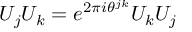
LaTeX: U _ { j } U _ { k } = e ^ { 2 \pi i \theta ^ { j k } } U _ { k } U _ { j }